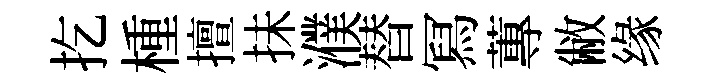
扢㮔擅抺濮替冩蓴敝缘